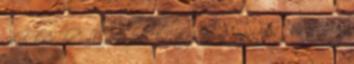
akik kevésbé vallásosak Christopher és Sprecher, 2000 . Az